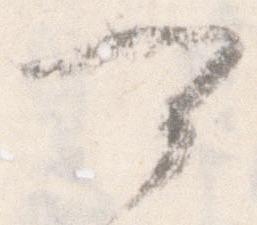
可